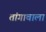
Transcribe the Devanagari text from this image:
तांगावाला